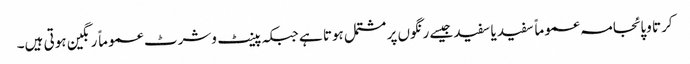
کرتا وپائجامہ عموماً سفید یا سفید جیسے رنگوں پر مشتمل ہوتا ہے جبکہ پینٹ وشرٹ عموماً رنگین ہوتی ہیں۔